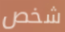
شخص